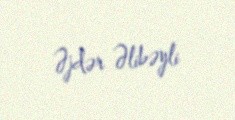
Əjdər Əlibəyli